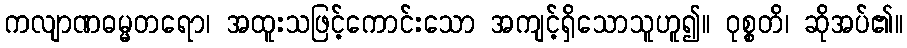
ကလျာဏဓမ္မတရော၊ အထူးသဖြင့်ကောင်းသော အကျင့်ရှိသောသူဟူ၍။ ဝုစ္စတိ၊ ဆိုအပ်၏။